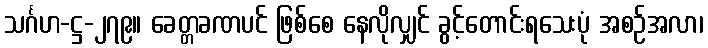
သင်္ဂဟ-ဋ္ဌ-၂၇၉။ ခေတ္တခဏပင် ဖြစ်စေ နေလိုလျှင် ခွင့်တောင်းရသေးပုံ အစဉ်အလာ၊